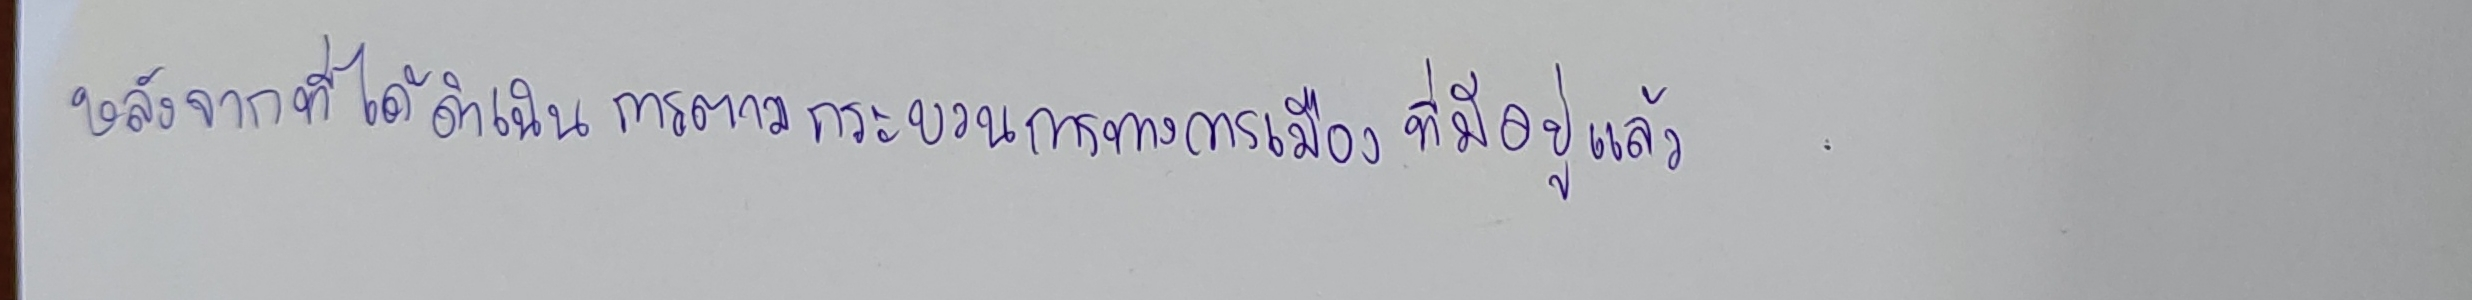
หลังจากที่ได้ดำเนินการตามกระบวนการทางการเมืองที่มีอยู่แล้ว